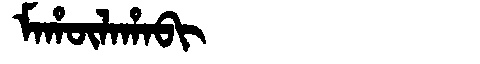
Manchu: ᠮᠠᡥᡡᠯᠠᡥᠠᠪᡳ
Romanization: MAHŪLAHABI